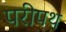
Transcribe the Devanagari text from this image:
परीपथ